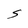
Character: S